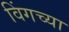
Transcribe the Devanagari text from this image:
विंगच्या